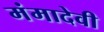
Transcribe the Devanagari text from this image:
मंमादेवी